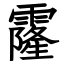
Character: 霳